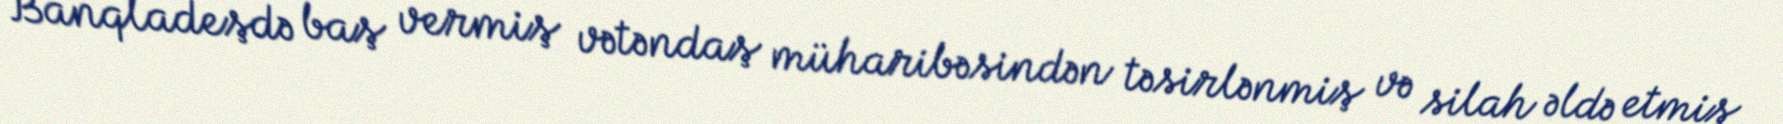
Banqladeşdə baş vermiş vətəndaş müharibəsindən təsirlənmiş və silah əldə etmiş